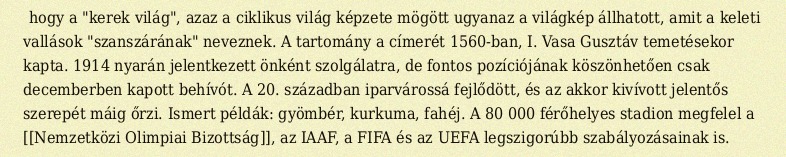
hogy a "kerek világ", azaz a ciklikus világ képzete mögött ugyanaz a világkép állhatott, amit a keleti vallások "szanszárának" neveznek. A tartomány a címerét 1560-ban, I. Vasa Gusztáv temetésekor kapta. 1914 nyarán jelentkezett önként szolgálatra, de fontos pozíciójának köszönhetően csak decemberben kapott behívót. A 20. században iparvárossá fejlődött, és az akkor kivívott jelentős szerepét máig őrzi. Ismert példák: gyömbér, kurkuma, fahéj. A 80 000 férőhelyes stadion megfelel a [[Nemzetközi Olimpiai Bizottság]], az IAAF, a FIFA és az UEFA legszigorúbb szabályozásainak is.